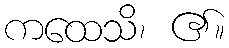
ကထေသိ၊ ၏။